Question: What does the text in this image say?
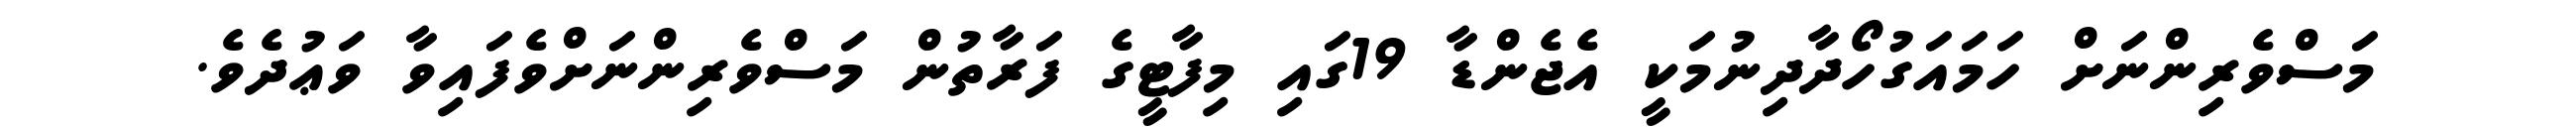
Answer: މަސްވެރިންނަށް ހަމައަގުހޯދާދިނުމަކީ އެޖެންޑާ 19ގައި މިފާޓީގެ ފަރާތުން މަސްވެރިންނަށްވެފައިވާ ވަޢުދެވެ.